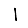
Digit: 1